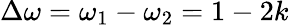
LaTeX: \Delta\omega=\omega_{1}-\omega_{2}=1-2k